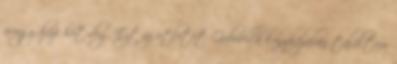
avagy házi hot-dog Ezt az ötletet Gabriella konyhájában találtam